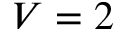
V = 2